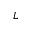
L